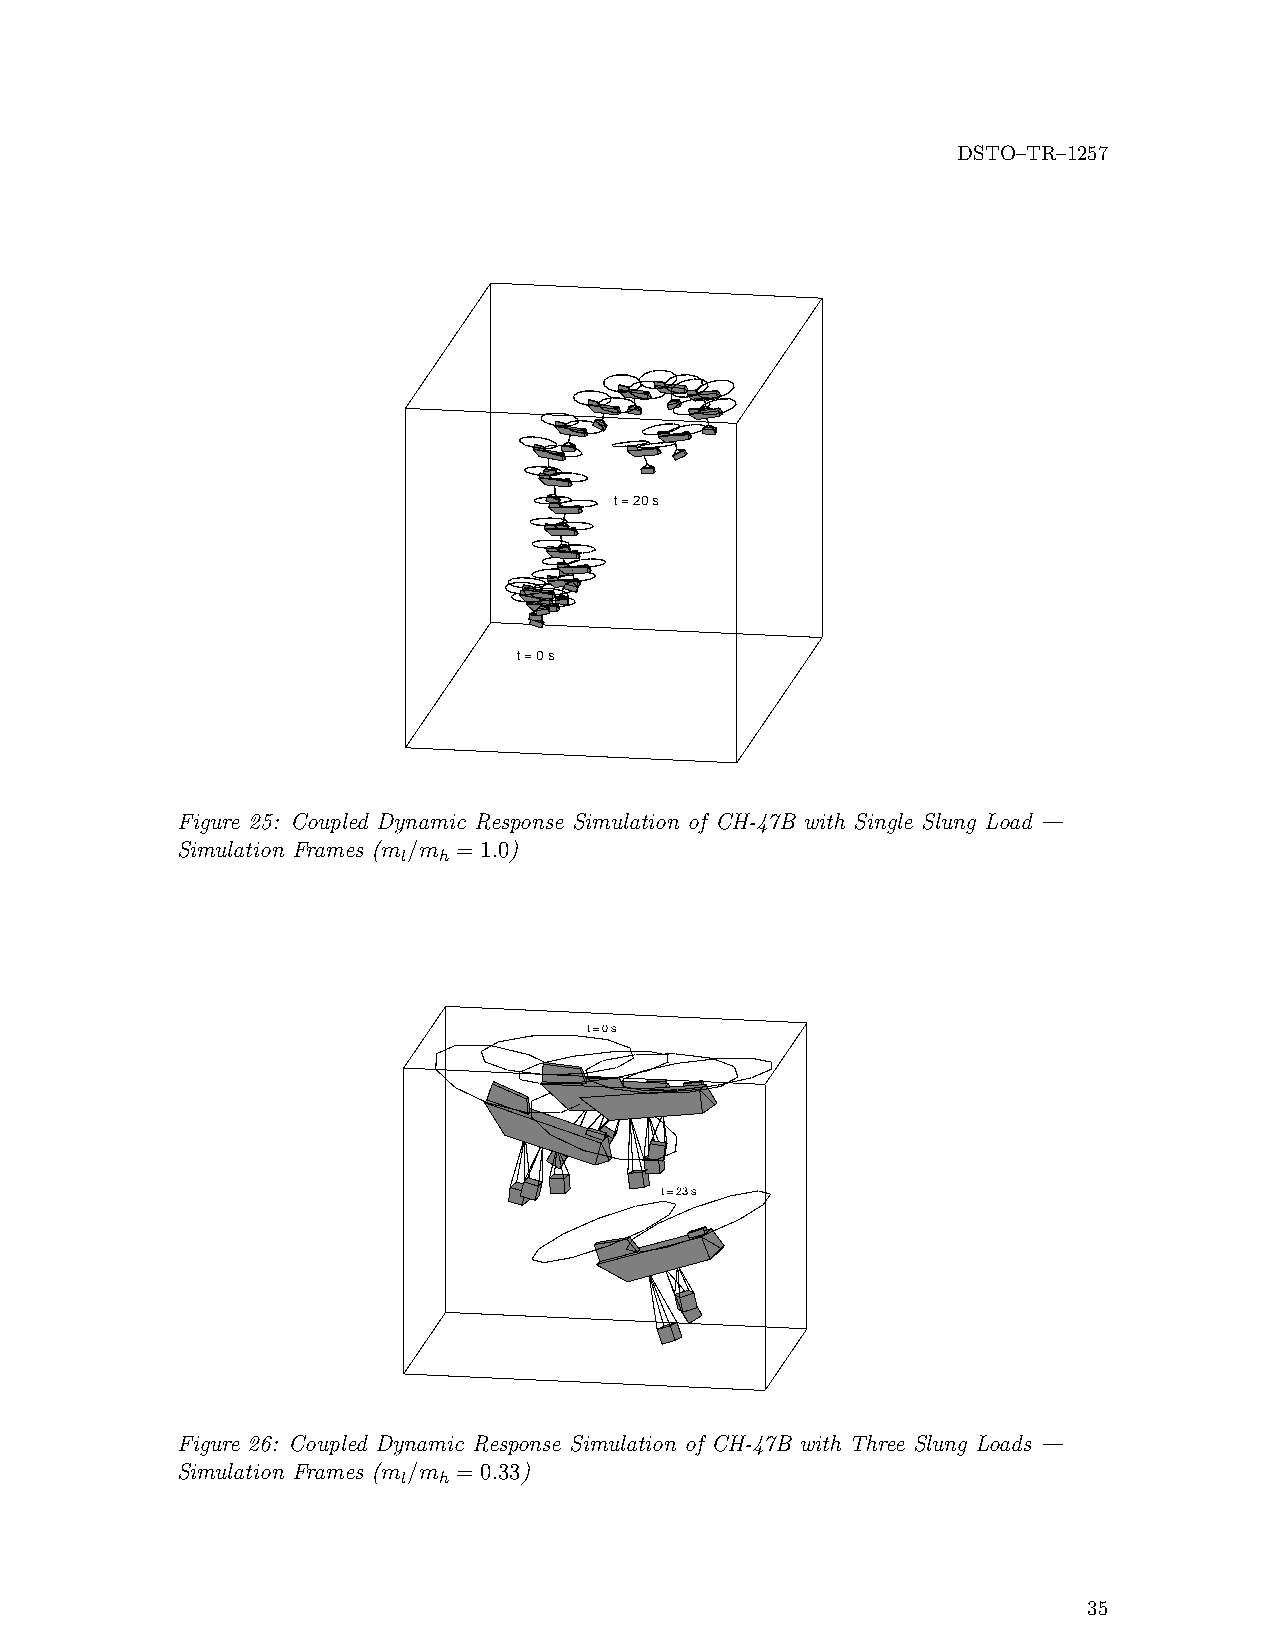
DSTO–TR–1257
 t = 20 s
 t = 0 s
 Figure 25: Coupled Dynamic Response Simulation of CH-47B with Single Slung Load —
 Simulation Frames (m /m = 1.0)
 l h
 t = 0 s
 t = 23 s
 Figure 26: Coupled Dynamic Response Simulation of CH-47B with Three Slung Loads —
 Simulation Frames (m /m = 0.33)
 l h
 35